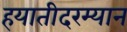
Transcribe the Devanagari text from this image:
हयातीदरम्यान